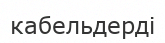
кабельдерді